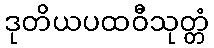
ဒုတိယပထဝီသုတ္တံ